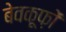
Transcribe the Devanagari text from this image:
बेवकूफ़ों